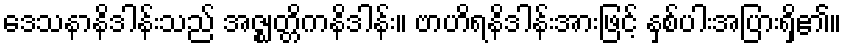
ဒေသနာနိဒါန်းသည် အဇ္ဈတ္တိကနိဒါန်း။ ဗာဟိရနိဒါန်းအားဖြင့် နှစ်ပါးအပြားရှိ၏။